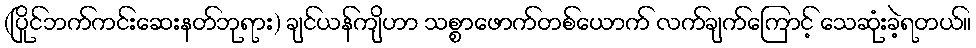
(ပြိုင်ဘက်ကင်းဆေးနတ်ဘုရား) ချင်ယန်ကျိဟာ သစ္စာဖောက်တစ်ယောက် လက်ချက်ကြောင့် သေဆုံးခဲ့ရတယ်။